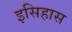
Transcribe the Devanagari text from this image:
इसिहास